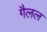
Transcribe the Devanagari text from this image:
गैलल